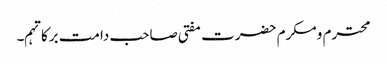
محترم ومکرم حضرت مفتی صاحب دامت برکاتہم۔